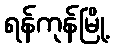
ရန်ကုန်မြို့